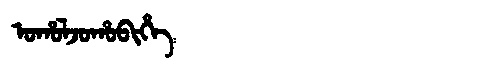
Manchu: ᠣᡥᠣᠯᠵᠣᡥᠣᠪᡳᡥᡝ
Romanization: OHOLJOHOBIHE